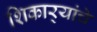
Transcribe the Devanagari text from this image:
शिकार्‍यांचे